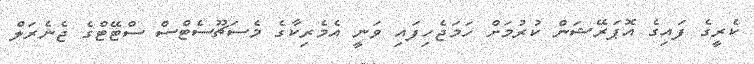
ކެރީގެ ފައިގެ އޮޕަރޭޝަން ކުރުމަށް ހަމަޖެހިފައި ވަނީ އެމެރިކާގެ މެސަޗޫސެޓްސް ސްޓޭޓްގެ ޖެނެރަލް